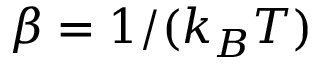
\beta = 1 / ( k _ { B } T )